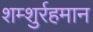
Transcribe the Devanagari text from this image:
शम्शुर्रहमान